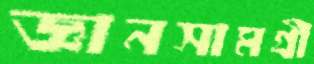
জ্ঞানসামগ্রী